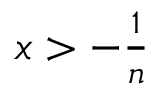
\textstyle { x > - { \frac { 1 } { n } } }